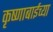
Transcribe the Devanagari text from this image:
कृष्णाबाईच्या